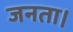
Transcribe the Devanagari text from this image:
जनता।